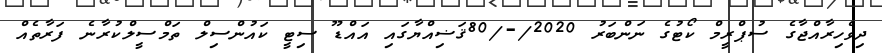
ދިވެހިރާއްޖާގެ ސުޕްރީމް ކޯޓުގެ ނަންބަރު 2020/-/80ޤަޟިއްޔާގައި އައްޑޫ ސިޓީ ކައުންސިލް ތަމްސީލްކުރާނެ ފަރާތެއް